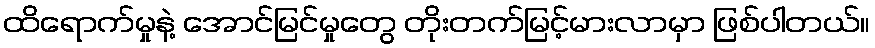
ထိရောက်မှုနဲ့ အောင်မြင်မှုတွေ တိုးတက်မြင့်မားလာမှာ ဖြစ်ပါတယ်။